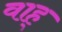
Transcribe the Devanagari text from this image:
वाह्‌